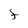
Character: f